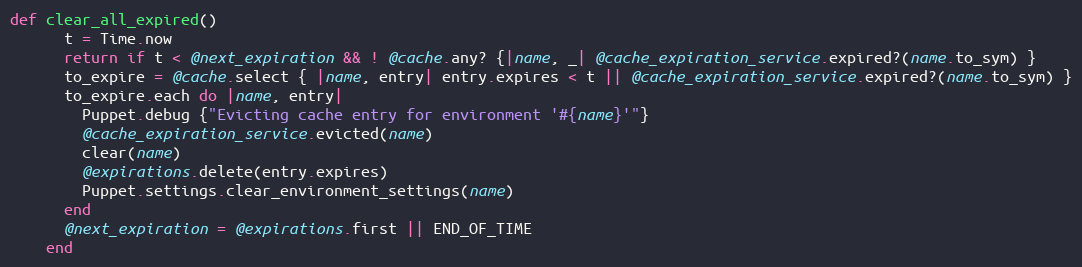
Language: Ruby
def clear_all_expired()
      t = Time.now
      return if t < @next_expiration && ! @cache.any? {|name, _| @cache_expiration_service.expired?(name.to_sym) }
      to_expire = @cache.select { |name, entry| entry.expires < t || @cache_expiration_service.expired?(name.to_sym) }
      to_expire.each do |name, entry|
        Puppet.debug {"Evicting cache entry for environment '#{name}'"}
        @cache_expiration_service.evicted(name)
        clear(name)
        @expirations.delete(entry.expires)
        Puppet.settings.clear_environment_settings(name)
      end
      @next_expiration = @expirations.first || END_OF_TIME
    end